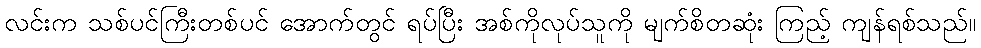
လင်းက သစ်ပင်ကြီးတစ်ပင် အောက်တွင် ရပ်ပြီး အစ်ကိုလုပ်သူကို မျက်စိတဆုံး ကြည့် ကျန်ရစ်သည်။